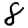
Digit: 8